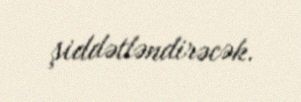
şiddətləndirəcək.